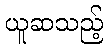
ယူဆသည့်